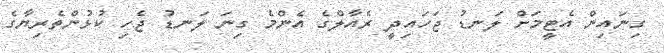
ގިނައިން އެޓީމަށް ލަނޑު ޖަހައިދީ ރެއާލްގެ އެންމެ ގިނަ ލަނޑު ޖެހި ކުޅުންތެރިޔާގެ